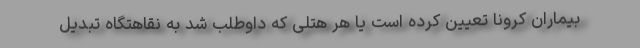
بیماران کرونا تعیین کرده است یا هر هتلی که داوطلب شد به نقاهتگاه تبدیل